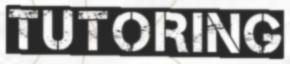
TUTORING